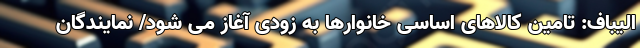
الیباف: تامین کالاهای اساسی خانوارها به زودی آغاز می شود/ نمایندگان